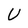
Character: U